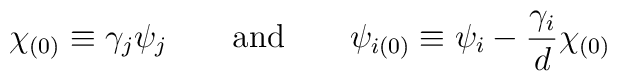
\chi_{(0)} \equiv \gamma_j\psi_j 	\qquad \textup{and} \qquad	\psi_{i(0)} \equiv \psi_i-\frac{\gamma_i}{d}\chi_{(0)}